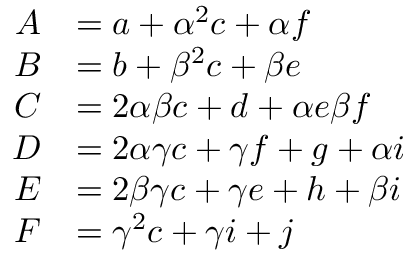
\begin{array} { r l } { A } & { = a + \alpha ^ { 2 } c + \alpha f } \\ { B } & { = b + \beta ^ { 2 } c + \beta e } \\ { C } & { = 2 \alpha \beta c + d + \alpha e \beta f } \\ { D } & { = 2 \alpha \gamma c + \gamma f + g + \alpha i } \\ { E } & { = 2 \beta \gamma c + \gamma e + h + \beta i } \\ { F } & { = \gamma ^ { 2 } c + \gamma i + j } \end{array}